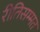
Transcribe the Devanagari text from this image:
रीतिसम्मत